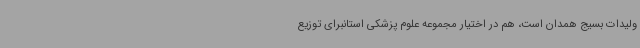
ولیدات بسیج همدان است، هم در اختیار مجموعه علوم پزشکی استانبرای توزیع